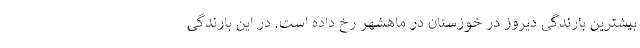
بیشترین بارندگی دیروز در خوزستان در ماهشهر رخ داده است. در این بارندگی